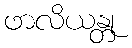
ဖာလိယန္တု